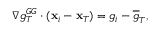
\begin{array} { r } { \nabla g _ { T } ^ { G G } \cdot ( { \bf x } _ { i } - { \bf x } _ { T } ) = { g } _ { i } - \overline { { g } } _ { T } , } \end{array}